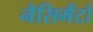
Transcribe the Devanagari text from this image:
नैसिमैंटो